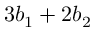
3 b _ { 1 } + 2 b _ { 2 }